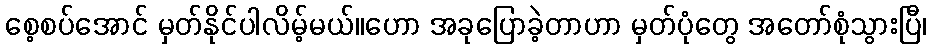
စေ့စပ်အောင် မှတ်နိုင်ပါလိမ့်မယ်။ဟော အခုပြောခဲ့တာဟာ မှတ်ပုံတွေ အတော်စုံသွားပြီ၊